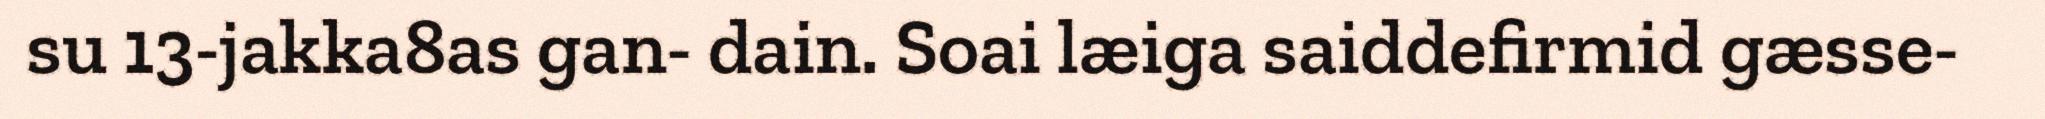
su 13-jakka8as gan- dain. Soai læiga saiddefirmid gæsse-